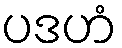
ပဒဟံ